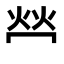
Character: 𤇾